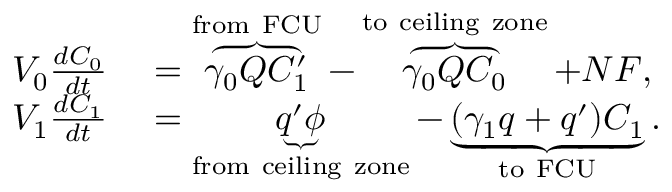
\begin{array} { r l } { V _ { 0 } \frac { d C _ { 0 } } { d t } } & { { } = \overbrace { \gamma _ { 0 } Q C _ { 1 } ^ { \prime } } ^ { \mathrm { f r o m \ F C U } } - \overbrace { \gamma _ { 0 } Q C _ { 0 } } ^ { \mathrm { t o \ c e i l i n g \ z o n e } } + N F , } \\ { V _ { 1 } \frac { d C _ { 1 } } { d t } } & { { } = \underbrace { q ^ { \prime } \phi } _ { \mathrm { f r o m \ c e i l i n g \ z o n e } } - \underbrace { ( \gamma _ { 1 } q + q ^ { \prime } ) C _ { 1 } } _ { \mathrm { t o \ F C U } } . } \end{array}